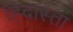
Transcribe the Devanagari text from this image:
हिदास्ता